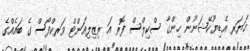
ހަޔަރ އެޑިޔުކޭޝަނުން ހިންގާ ސްކިލްސް ފޮރ އަ ރިޒިލިއަންޓް ވަރކްފޯސް ގެ ބައެއްގެ